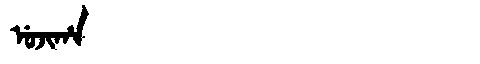
Manchu: ᡠᠵᡳᡥᠠ
Romanization: UJIHA